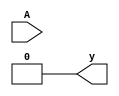
module Type_wand(A,y);
input A;
output y;
wand k;
supply0 B;
assign k = A & B;
assign k = A | B;
assign y = k;
endmodule

module Type_wor(A,y);
input A;
output y;
wor k;
supply1 B;
assign k = A & B;
assign k = A | B;
assign y = k;
endmodule

module oq_tb;
reg A,B;
wire x,y;
Type_wor t1(A,x);
Type_wand t2(B,y);
initial
begin
A = 1;
B = 1;
end
initial
begin
$monitor("WOR    A=%b x=%b\nWAND   B=%b y=%b",A,x,B,y);
end
endmodule